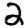
Digit: 2